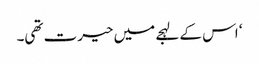
‘ اس کے لہجے میں حیرت تھی۔